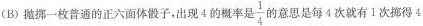
(B)抛掷一枚普通的正六面体骰子，出现4的概率是 \frac{1}{4} 的意思是每4次就有1次挪得4